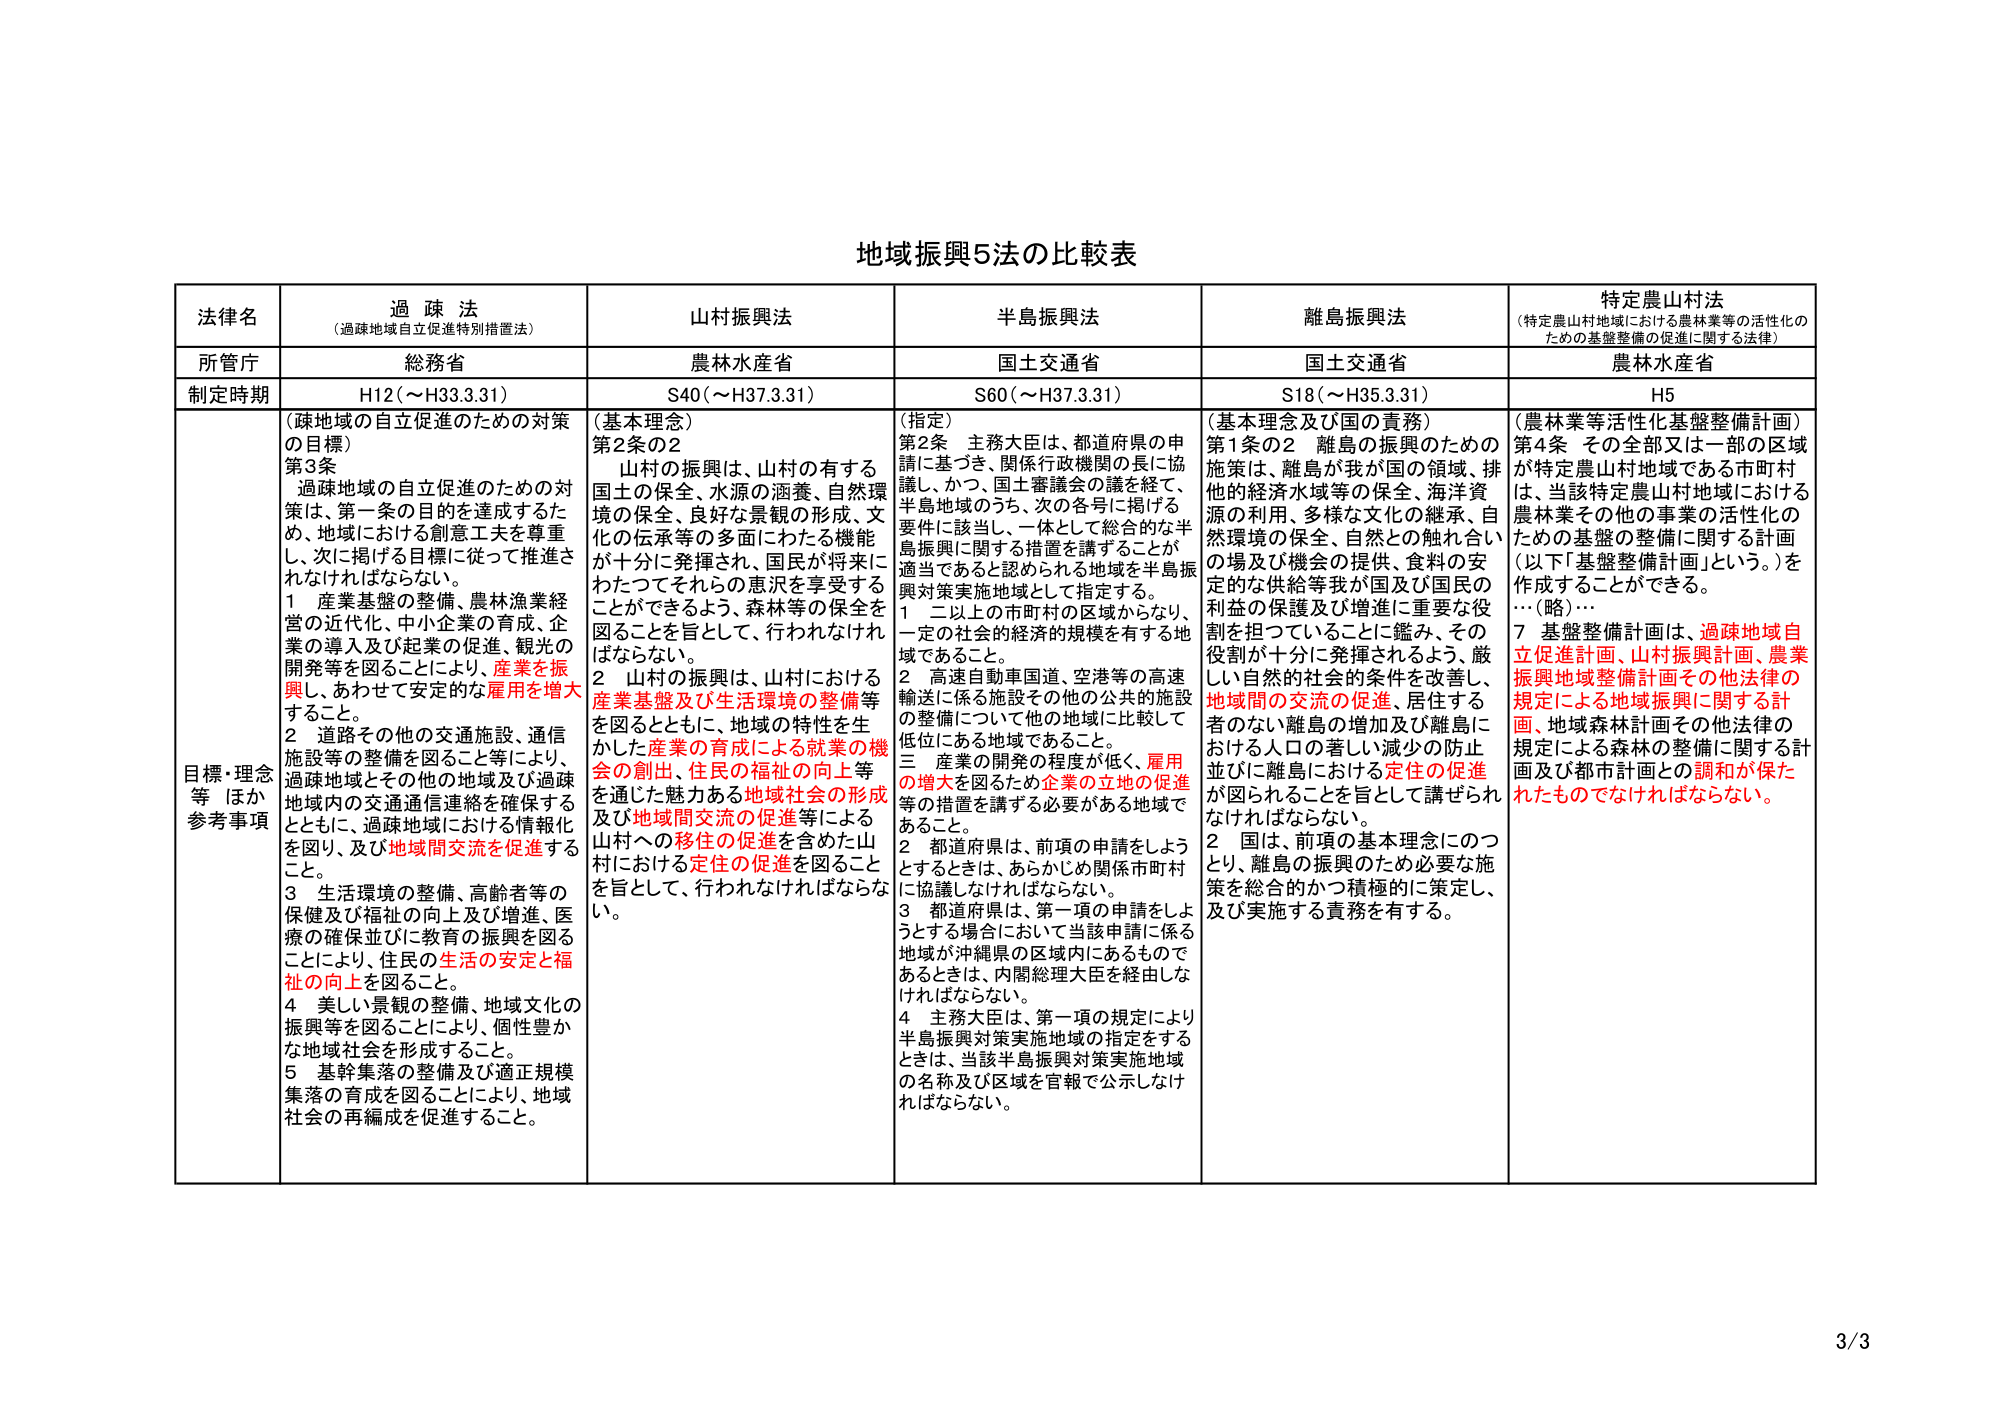
地域振興5法の比較表

法管名
過疎法
（過疎地域自立促進特別措置法）
山村振興法
半島振興法
離島振興法
特定農山村法
（特定農山村地域における農林業等の活性化のための基盤整備の促進に関する法律）

所管庁
総務省
農林水産省
国土交通省
国土交通省
農林水産省

制定時期
H12（～H33.3.31）
S40（～H37.3.31）
S60（～H37.3.31）
S18（～H35.3.31）
H5

目標・理念等（ほか参考事項）
（疎地域の自立促進のための対策の目標）
第3条
過疎地域の自立促進のための対策は、第一条における目的を達成するため、地域における創意工夫を尊重し、次に掲げる目標に従って推進されなければならない。
1 産業基盤の整備、農林漁業経営の近代化、中小企業の育成、企業の導入及び起業の促進、観光の開発等を図ることにより、産業を振興し、あわせて安定的な雇用を増大すること。
2 道路その他の交通施設、通信施設等の整備を図ること等により、過疎地域とその他の地域及び過疎地域内の交通通信連絡を確保するとともに、過疎地域における情報化を図り、及び地域間交流を促進すること。
3 生活環境の整備、高齢者等の保健及び福祉の向上及び増進、医療の確保並びに教育の振興を図ることにより、住民の生活の安定と福祉の向上を図ること。
4 美しい景観の整備、地域文化の振興等を図ることにより、個性豊かな地域社会を形成すること。
5 基幹集落の整備及び適正規模集落の育成を図ることにより、地域社会の再編成を促進すること。

（基本理念）
第2条の2
山村の振興は、山村の有する国土の保全、水源の涵養、自然環境の保全、良好な景観の形成、文化の伝承等の多面にわたる機能が十分に発揮され、国民が将来にわたってそれらの恵みを享受することができるよう、森林等の保全を図ることを旨として、行われなければならない。
2 山村の振興は、山村における産業基盤及び生活環境の整備等を図るとともに、地域の特性を生かした産業の育成による就業の機会の創出、住民の福祉の向上等を通じた魅力ある地域社会の形成及び地域間交流の促進等による山村への移住の促進を含めた山村における定住の促進を図ることを旨として、行われなければならない。

（指定）
第2条 主務大臣は、都道府県の申請に基づき、関係行政機関の長に協議し、かつ、国土審議会の議を経て、半島地域のうち、次の各号に掲げる要件に該当し、一体として総合的な半島振興に関する措置を講ずることが適当であると認められる地域を半島振興対策実施地域として指定する。
1 二以上の市町村の区域からなり、一定の社会的経済的規模を有する地域であること。
2 高速自動車国道、空港等の高速輸送に係る施設その他の公共的施設の整備について他の地域に比較して低位にある地域であること。
3 産業の開発の程度が低く、雇用の増大を図るため企業の立地の促進等の措置を講ずる必要がある地域であること。
2 都道府県は、前項の申請をしようとするときは、あらかじめ関係市町村に協議なければならない。
3 都道府県は、第一項の申請をしようとする場合において当該申請に係る地域が沖縄県の区域内にあるものであるときは、内閣総理大臣を経由しなければならない。
4 主務大臣は、第一項の規定により半島振興対策実施地域の指定をするときは、当該半島振興対策実施地域の名称及び区域を官報で公示しなければならない。

（基本理念及び国の責務）
第1条の2 離島の振興のための施策は、離島が我が国の領域、排他的経済水域等の保全、海洋資源の利用、多様な文化の継承、自然環境の保全、自然との触れ合いの場及び機会の提供、食料の安定的な供給等我が国及び国民の利益の保護及び増進に重要な役割を担っていることに鑑み、その役割が十分に発揮されるよう、厳しい自然的社会的条件を改善し、地域間の交流の促進、居住する者のない離島の増加及び離島における人口の著しい減少の防止並びに離島における定住の促進が図られることを旨として講ぜられなければならない。
2 国は、前項の基本理念にのっとり、離島の振興のため必要な施策を総合的かつ積極的に策定し、及び実施する責務を有する。

（農林業等活性化基盤整備計画）
第4条 その全部又は一部の区域が特定農山村地域である市町村は、当該特定農山村地域における農林業その他の事業の活性化のための基盤の整備に関する計画（以下「基盤整備計画」という。）を作成することができる。
…（略）…
7 基盤整備計画は、過疎地域自立促進計画、山村振興計画、農業振興地域整備計画その他法律の規定による地域振興に関する計画、地域森林計画その他法律の規定による森林の整備に関する計画及び都市計画との調和が保たれたものでなければならない。

3/3